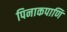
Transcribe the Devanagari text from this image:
पिनाकपाणि